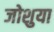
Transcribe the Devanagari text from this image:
जोशुया